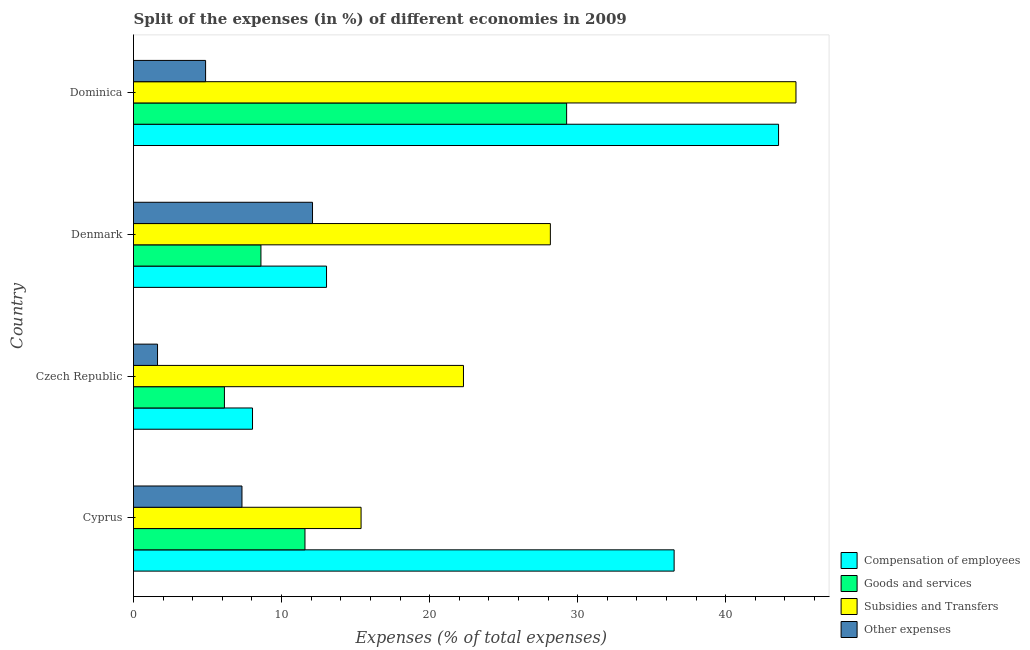
| Country | Compensation of employees | Goods and services | Subsidies and Transfers | Other expenses |
 | --- | --- | --- | --- | --- |
 | Cyprus | 36.5 | 11.6 | 15.4 | 7.33 |
 | Czech Republic | 8.04 | 6.14 | 22.3 | 1.62 |
 | Denmark | 13 | 8.61 | 28.2 | 12.1 |
 | Dominica | 43.6 | 29.3 | 44.7 | 4.87 |